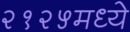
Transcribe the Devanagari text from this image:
२१२५मध्ये